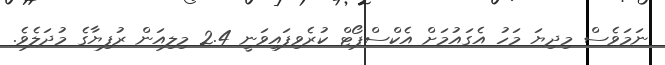
ނަމަވެސް މިދިޔަ މަހު އެގައުމަށް އެކްސްޕޯޓް ކުރެވިފައިވަނީ 2.4 މިލިއަން ރުފިޔާގެ މުދަލެވެ.